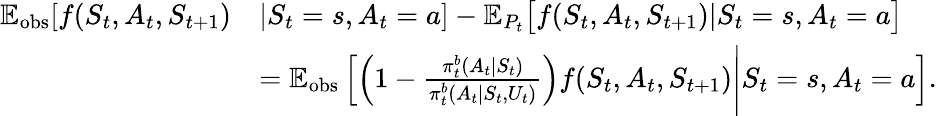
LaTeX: \begin{array}{rl}{\mathbb{E}_{\mathrm{obs}}[f(S_{t},A_{t},S_{t+1})}&{|S_{t}=s,A_{t}=a]-\mathbb{E}_{P_{t}}\big[f(S_{t},A_{t},S_{t+1})|S_{t}=s,A_{t}=a\big]}\\ &{=\mathbb{E}_{\mathrm{obs}}\left[\left(1-\frac{\pi_{t}^{b}(A_{t}|S_{t})}{\pi_{t}^{b}(A_{t}|S_{t},U_{t})}\right)f(S_{t},A_{t},S_{t+1})\Bigg|S_{t}=s,A_{t}=a\right].}\end{array}